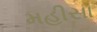
મહીસા